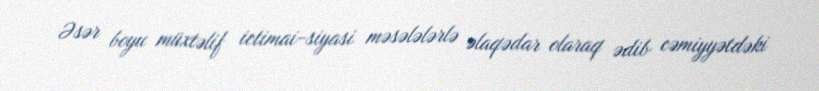
Əsər boyu müxtəlif ictimai-siyasi məsələlərlə əlaqədar olaraq ədib cəmiyyətdəki